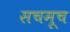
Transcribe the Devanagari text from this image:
सचमूच